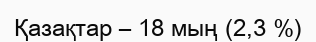
Қазақтар – 18 мың (2,3 %)